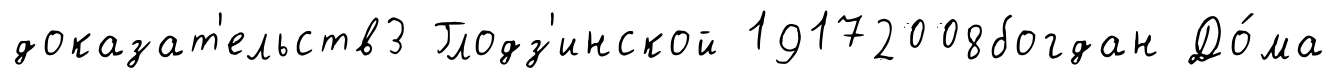
доказат'ельств3 Глодз'инской 19172008богдан До́ма